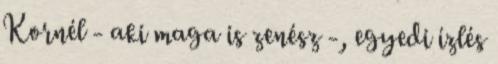
Kornél - aki maga is zenész -, egyedi ízlés